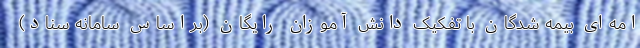
امه‌ای بیمه شدگان با تفکیک دانش آموزان رایگان (براساس سامانه سناد)